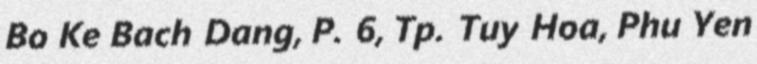
Bo Ke Bach Dang, P. 6, Tp. Tuy Hoa, Phu Yen